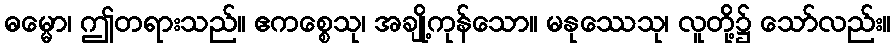
ဓမ္မော၊ ဤတရားသည်။ ဧကစ္စေသု၊ အချို့ကုန်သော။ မနုဿေသု၊ လူတို့၌ သော်လည်း။